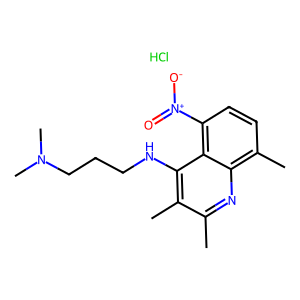
SMILES: Cc1nc2c(C)ccc([N+](=O)[O-])c2c(NCCCN(C)C)c1C.Cl
Inhibits HIV replication: No